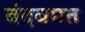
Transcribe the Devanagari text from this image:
बंदबमत